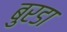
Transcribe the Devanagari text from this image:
बुरडा